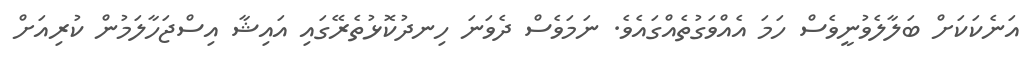
އަނެކަކަށް ބަލާލެވުނީވެސް ހަމަ އެއްވަގުތެއްގައެވެ. ނަމަވެސް ދެވަނަ ހިނދުކޮޅުތެރޭގައި އައިޝާ އިސްޖަހާލަމުން ކުރިއަށް